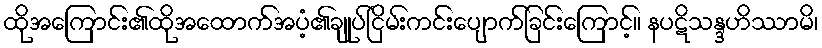
ထိုအကြောင်း၏ထိုအထောက်အပံ့၏ချုပ်ငြိမ်းကင်းပျောက်ခြင်းကြောင့်။ နပဋိသန္ဒဟိဿာမိ၊